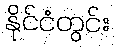
နိုင်ငံတွင်း